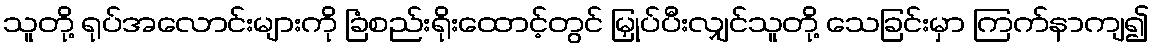
သူတို့ ရုပ်အလောင်းများကို ခြံစည်းရိုးထောင့်တွင် မြှုပ်ပီးလျှင်သူတို့ သေခြင်းမှာ ကြက်နာကျ၍